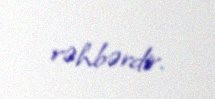
rəhbərdir.